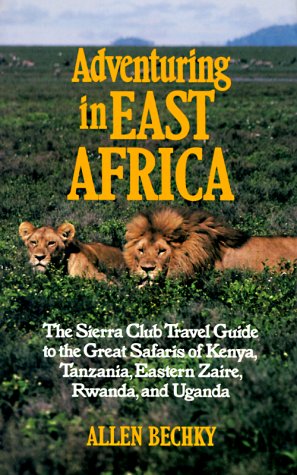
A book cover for Adventuring in East Africa: The Sierra Club Travel Guide to the Great Safaris of Kenya, Tanzania, Rwanda, Eastern Zaire, and Uganda; Allen Bechky; Travel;